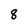
Character: 8